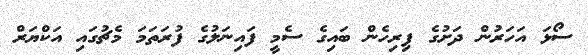
ސޯޅަ އަހަރުން ދަށުގެ ފިރިހެން ބައިގެ ސެމީ ފައިނަލުގެ ފުރަތަމަ މެޗުގައި އަކްޔަރް